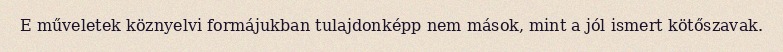
E műveletek köznyelvi formájukban tulajdonképp nem mások, mint a jól ismert kötőszavak.